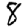
Digit: 8